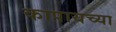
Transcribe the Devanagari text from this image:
कापायच्या